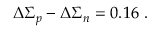
\Delta \Sigma _ { p } - \Delta \Sigma _ { n } = 0 . 1 6 ~ .